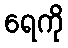
ရေကို